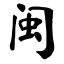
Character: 闽